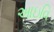
આઇવિ